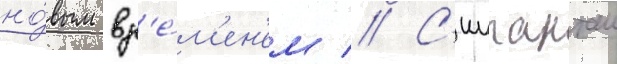
но́вым вр'е́м'ен'ем // С'иипанташ